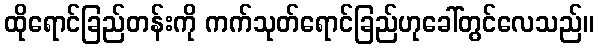
ထိုရောင်ခြည်တန်းကို ကက်သုတ်ရောင်ခြည်ဟုခေါ်တွင်လေသည်။